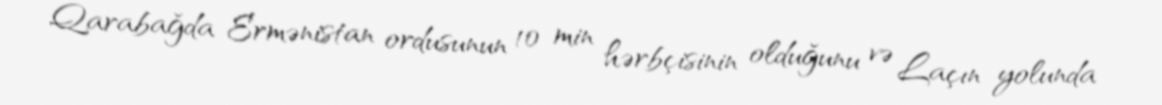
Qarabağda Ermənistan ordusunun 10 min hərbçisinin olduğunu və Laçın yolunda